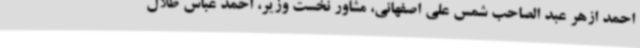
احمد ازهر عبد الصاحب شمس علی اصفهانی، مشاور نخست وزیر، احمد عباس طلال